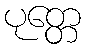
ပုတ္တေ